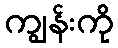
ကျွန်းကို